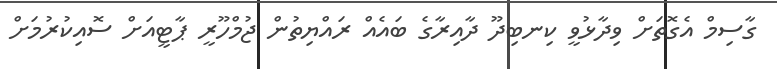
ގާސިމް އެގޮތަށް ވިދާޅުވީ ކިނބިދޫ ދާއިރާގެ ބައެއް ރައްޔިތުން ޖުމްހޫރީ ޕާޓީއަށް ސޮއިކުރުމަށް